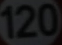
120